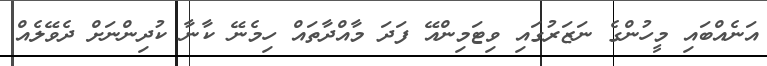
އަނެއްބައި މީހުންގެ ނަޒަރުގައި ވިޓަމިންއޭ ފަދަ މާއްދާތައް ހިމެނޭ ކާނާ ކުދިންނަށް ދެވޭލެއް